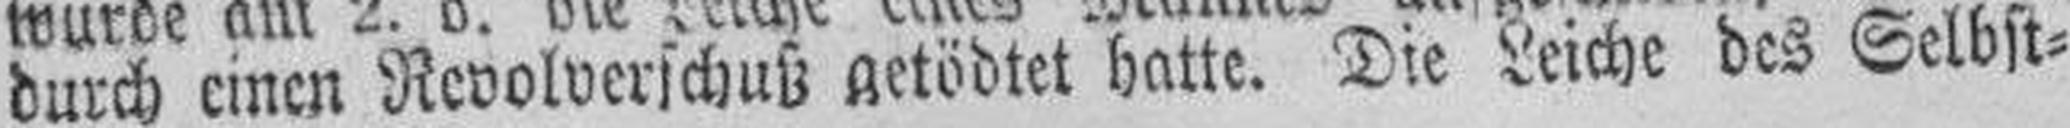
durch einen Revolverschuß getödtet hatte. Die Leiche des Selbst¬